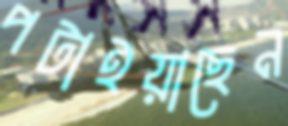
পটাইয়াছেন